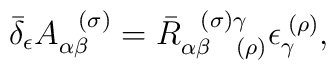
\bar{\delta}_{\epsilon }A_{\alpha \beta }^{\;\;\;(\sigma )}=\bar{R}_{\alpha\beta \;\;\;\;(\rho )}^{\;\;\;(\sigma )\gamma }\epsilon _{\gamma }^{\;(\rho)},